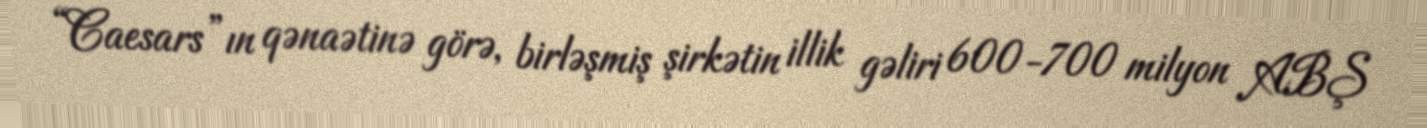
“Caesars”ın qənaətinə görə, birləşmiş şirkətin illik gəliri 600-700 milyon ABŞ